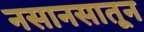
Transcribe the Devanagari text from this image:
नसानसातून